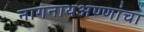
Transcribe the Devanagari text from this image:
नागनाथअण्णांचा